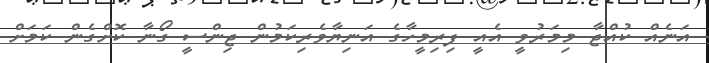
އަނެއް ކުއްޖާ މިމަރުވީ އެއީ ފިރިމީހާގެ އަނިޔާވެރިކަމުން ޖިންސީ ގޯނާ ކޮށްގެން ކަމަށް